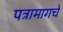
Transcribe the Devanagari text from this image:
पत्रामागचे